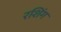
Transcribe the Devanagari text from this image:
रशिंग